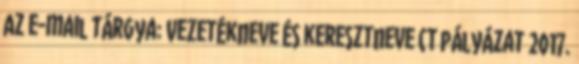
Az e-mail tárgya: Vezetékneve és keresztneve CT pályázat 2017.